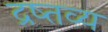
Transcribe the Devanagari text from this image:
द्रष्तव्य